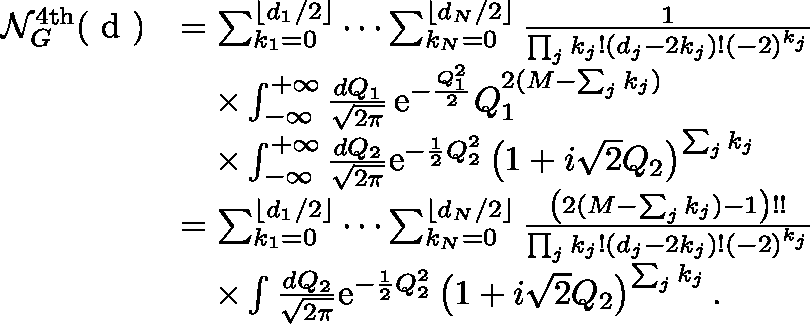
\begin{array} { r l } { \mathcal { N } _ { G } ^ { \mathrm { 4 t h } } ( \mathrm { \boldmath ~ d ~ } ) } & { = \sum _ { k _ { 1 } = 0 } ^ { \lfloor d _ { 1 } / 2 \rfloor } \cdots \sum _ { k _ { N } = 0 } ^ { \lfloor d _ { N } / 2 \rfloor } \frac { 1 } { \prod _ { j } k _ { j } ! ( d _ { j } - 2 k _ { j } ) ! ( - 2 ) ^ { k _ { j } } } } \\ & { \quad \times \int _ { - \infty } ^ { + \infty } \frac { d Q _ { 1 } } { \sqrt { 2 \pi } } \, \mathrm { e } ^ { - \frac { Q _ { 1 } ^ { 2 } } { 2 } } Q _ { 1 } ^ { 2 ( M - \sum _ { j } k _ { j } ) } } \\ & { \quad \times \int _ { - \infty } ^ { + \infty } \frac { d Q _ { 2 } } { \sqrt { 2 \pi } } \mathrm { e } ^ { - \frac { 1 } { 2 } Q _ { 2 } ^ { 2 } } \left( 1 + i \sqrt { 2 } Q _ { 2 } \right) ^ { \sum _ { j } k _ { j } } } \\ & { = \sum _ { k _ { 1 } = 0 } ^ { \lfloor d _ { 1 } / 2 \rfloor } \cdots \sum _ { k _ { N } = 0 } ^ { \lfloor d _ { N } / 2 \rfloor } \frac { \left( 2 ( M - \sum _ { j } k _ { j } ) - 1 \right) ! ! } { \prod _ { j } k _ { j } ! ( d _ { j } - 2 k _ { j } ) ! ( - 2 ) ^ { k _ { j } } } } \\ & { \quad \times \int \frac { d Q _ { 2 } } { \sqrt { 2 \pi } } \mathrm { e } ^ { - \frac { 1 } { 2 } Q _ { 2 } ^ { 2 } } \left( 1 + i \sqrt { 2 } Q _ { 2 } \right) ^ { \sum _ { j } k _ { j } } . } \end{array}